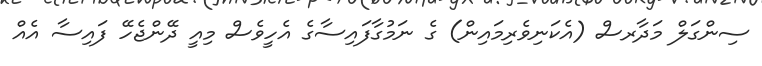
ސިންގަލް މަދާރސް (އެކަނިވެރިމައިން) ގެ ނަމުގާފައިސާގެ އެހީވެސް މިއީ ދޭންޖެހޭ ފައިސާ އެއް